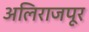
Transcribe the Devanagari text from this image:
अलिराजपूर